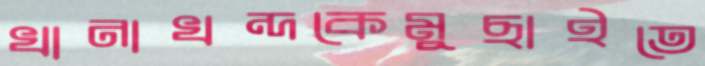
খানাখন্দকেমুছাইতে